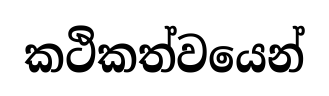
කථිකත්වයෙන්